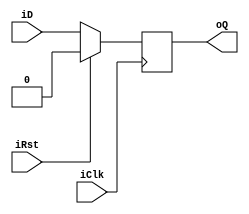
`timescale 1ns / 1ps
module FFSyncReset
(
	input		iClk,
	input		iRst,
	input		iD,
	output	oQ
);
reg	rFFD_d;
reg	rFFD_q;
assign	oQ = rFFD_q;
always @(posedge iClk)
begin
	if(iRst)
	begin
		rFFD_q	<=	1'b0;
	end
	else
	begin
		rFFD_q	<=	rFFD_d;
	end
end
always  @*
begin
	rFFD_d = iD;
end
endmodule